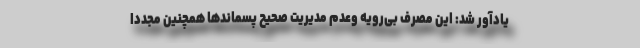
یادآور شد: این مصرف بی‌رویه وعدم مدیریت صحیح پسماندها همچنین مجددا